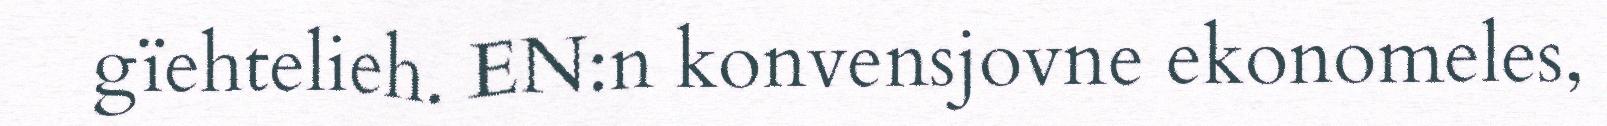
gïehtelieh. EN:n konvensjovne ekonomeles,